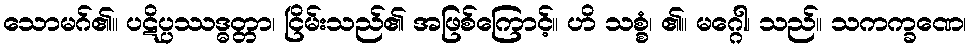
သောမဂ်၏။ ပဋိပ္ပဿဒ္ဓတ္တာ၊ ငြိမ်းသည်၏ အဖြစ်ကြောင့်။ ဟိ သစ္စံ၊ ၏။ မဂ္ဂေါ၊ သည်။ သကက္ခဏေ၊